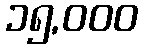
၁၅,၀၀၀